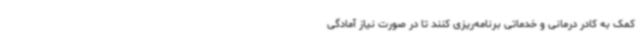
کمک به کادر درمانی و خدماتی برنامه‌ریزی کنند تا در صورت نیاز آمادگی